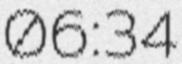
06:34